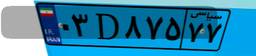
۰۳D۸۷۵۷۷